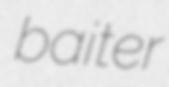
baiter